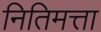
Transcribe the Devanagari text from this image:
नितिमत्ता